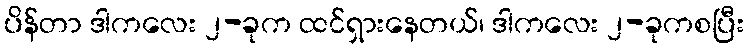
ပိန်တာ ဒါကလေး ၂-ခုက ထင်ရှားနေတယ်၊ ဒါကလေး ၂-ခုကစပြီး